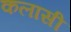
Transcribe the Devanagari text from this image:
कलासी